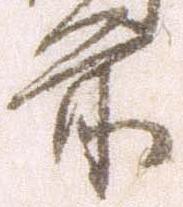
前